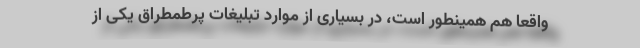
واقعاً هم همینطور است، در بسیاری از موارد تبلیغات پرطمطراق یکی از